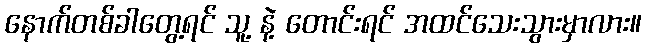
နောက်တစ်ခါတွေ့ရင် သူ့ နဲ့ တောင်းရင် အထင်သေးသွားမှာလား။